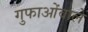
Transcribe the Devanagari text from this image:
गुफाओंवाले